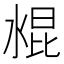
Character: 𰜁